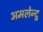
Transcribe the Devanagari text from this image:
अमलेन्दु